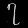
Digit: ၇